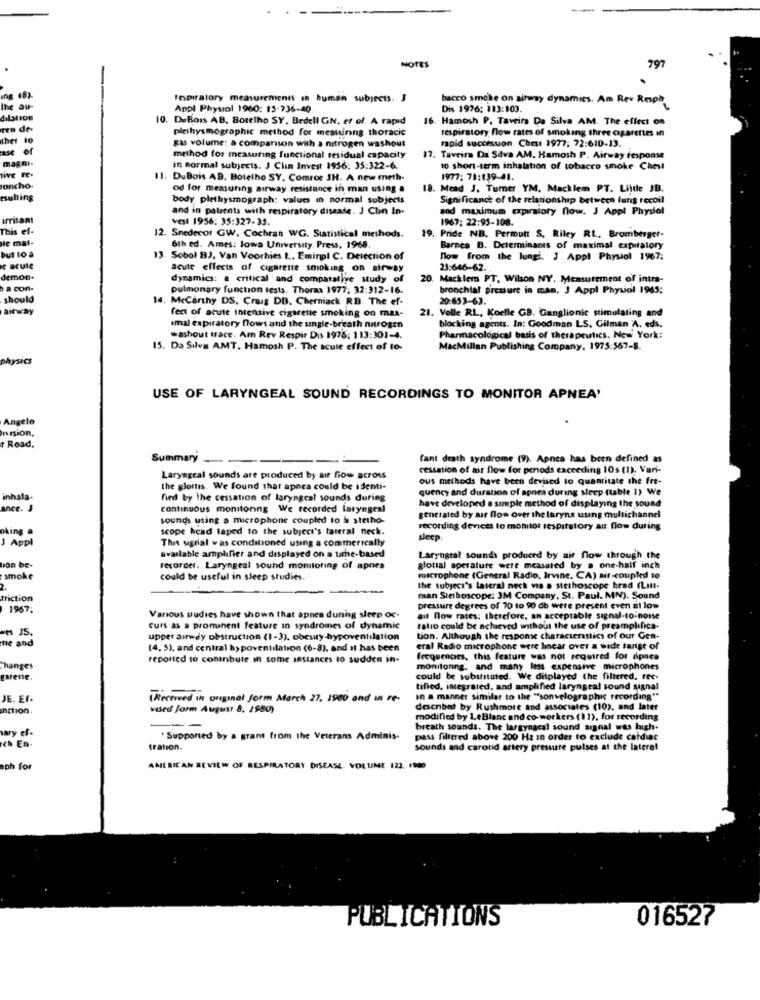
NOTES
797
ing (8).
respiratory measurements in human subjects. J
bacco smoke on airway dynamics. Am Rev Rosph
the au-
Appl Physiol 1960: 15-736-40.
Dis 1976: 103:103.
dilation
10. DuBois AB, Botelho SY. Bedell GN, et of. A rapid
. Hamosh P. Taveira Da Silva AM. The effect on
ca de
plethysmographic method for mestunng thoracic
respiratory flow rates of smoking three cigarettes in
ther to
rapid succesuon. Ches: 1977; 72:610-13.
ase of
gas volume: a comparison with a nitrogen washout
magni-
method for measuring functional residual capacity
. Taveira Da Sdva AM. Hamosh P. Airway response
in normal subjects. J Clin Invest 1956: 35:322-6.
to short-term inhalation of tobacco smoke Chesl
tive FE-
. DuBois AB. Botelho SY. Comroe JH. A new meth-
1977; 71:139-41.
ancho.
od for measunng airway resistance in man using a
18. Mead J. Turner YM. Macklem PT. Lilde JB.
tsuhing
body plethysmograph: values in normal subjects
Significance of the relationship between lung recoil
and in patients with respiratory disease. J Clin In.
and maximum expriory now. J Appl Physiol
irritant
vesl 1956: 35:327-35.
1967: 22:95-108.
This ef-
He mat-
12. Snedecor GW. Cochran WG. Statistical methods.
19. Pride NB. Permutt S. Riley RL. Bromberger-
6th ed. Ames: lowa University Press, 1968.
Barnca B. Determinants of maximal expiratory
but 10 à
13. Sobol BJ. Van Voorhies L. Emirgil C. Detection of
low from the lungi. J Appl Physiol 1967:
e acute
acute effects of cigarette smoking on airway
23:646-62.
demon.
dynamics: a critical and comparative study of
20. Macklem PT, Wilson NY. Measurement of intra-
a con-
pulmonary function tests. Thorax 1977; 32:312-16.
bronchial pressure in man, 3 Appl Physiol 1965:
should
la, Mccarthy DS, Craig DB. Cherniack RD. The ef-
20:653-63.
itway
fect of acute intensive cigarette smoking on max-
21. Volle RL, Koelle GB. Ganglionic stimulating and
Imal expiratory flows and the single-breath nitrogen
blocking agents. In: Goodman LS. Gilman A. eds.
washout trace. Am Rev Respir Dis 1978: 113:301-4.
Pharmacological basis of therapeutics. New York:
15. Da Silva AMT. Hamosh P. The scute effect of to-
MacMillan Publishing Company, 1975:567-8.
physics
USE OF LARYNGEAL SOUND RECORDINGS TO MONITOR APNEA'
Angelo
mision.
Road.
Summary
fant death syndrome (9). Aonca has been defined as
cessation of air flow for periods exceeding 10s (1), Vari-
Laryngeal sounds are produced by air flow across
ous methods have been devised to quantitate the fre-
the glottis. We found that apnea could be identi-
quency and duration of apnea during sleep (table 1) We
inhala.
fied by the cessation of laryngeal sounds during
have developed a simple method of displaying the sound
ance. J
continuous montonng We recorded laryngeal
sounds using a microphone coupled to & stetho-
generated by air flow over the larynx using multichannel
king a
scope hcad laped to the subject's lateral neck.
recording devices lo monitor respiratory au flow during
J Appl
This sagrial vas conditioned using a commerically
sleep.
available amplifier and displayed on a time-based
Laryngeal sounds produced by air flow through the
lion be-
recorder. Laryngeal sound monitoring of apnes
glottal sperature were measured by a one-half inch
smoke
could be useful in sleep studies.
microphone (General Radio, Irvine, CA) air-coupled to
the subject's lateral neck vis a stethoscope head (Lin-
triction
man Siehoscope: 3M Company, St. Paul. MN). Sound
1967:
pressure degrees of 70 to 90 db were present even at low
Various studies have shown that apnea dunng sleep oc.
ait now rates: therefore, an acceptable signal-to-noise
curs as a prominent feature in syndromes of dynamic
ratio could be achieved without the use of preamplifica-
-es JS.
me and
upper airway obstruction (1-3), obesity-bypoventilation
tion. Although the response characteristics of our Gen-
(4. 5), and central h> poventilation (6-8), and it has been
eral Radio microphone were linear over a wide farge of
reported to contribute in some instances to sudden in-
frequences, this feature was not required for apnea
Changes
monitonng, and many less expensive microphones
garene.
could be substituted. We displayed the filtered, rec-
tified, integrated, and amplified laryngeal sound signal
JE. Ef.
(Received in original form March 27, 1900 and an re-
In a manner similar to the "sonvelographic recording"
nction.
vised form August 8. 1980)
described by Rushmore and associates (10), and later
modified by LeBlanc and co-workers (11), for recording
ary ef-
breath sounds. The largyngcal sound signal was high-
ch En-
Supported by a grant from the Veterans Adminis-
pass filtered above 200 Hz In order to exclude cafdiat
tration.
sounds and carotid artery pressure pulses at the lateral
aph for
AMERICAN REVIEW OF RESPIRATORY DISEASE VOLUME 122. 1900
016527
PUBLICATIONS